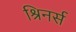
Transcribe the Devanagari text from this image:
श्रिनर्स